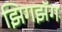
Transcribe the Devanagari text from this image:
झिगझॅग